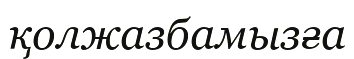
қолжазбамызға